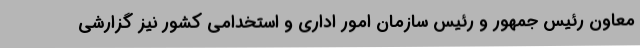
معاون رئیس جمهور و رئیس سازمان امور اداری و استخدامی کشور نیز گزارشی